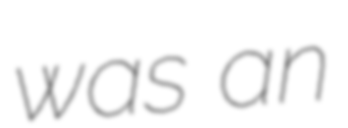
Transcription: was an